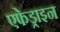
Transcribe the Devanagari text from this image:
एफेड्राइन